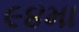
૯૪મા